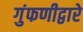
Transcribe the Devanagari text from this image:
गुंफणीद्वारे